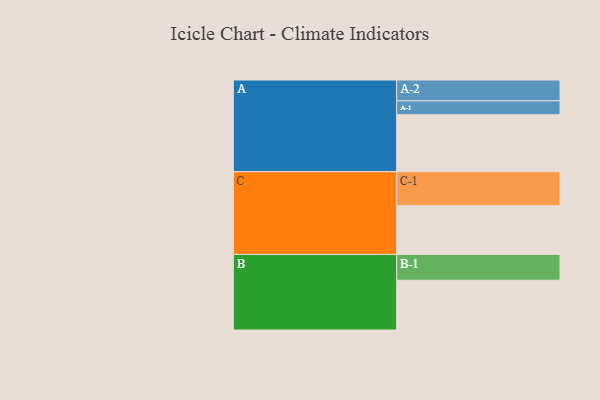
{"axis": {"x": "Segment", "y": "Value"}, "legend": ["", "A", "B", "C"], "data": [{"x": "A", "y": 446, "type": ""}, {"x": "B", "y": 390, "type": ""}, {"x": "C", "y": 382, "type": ""}, {"x": "A-1", "y": 109, "type": "A"}, {"x": "A-2", "y": 163, "type": "A"}, {"x": "B-1", "y": 202, "type": "B"}, {"x": "C-1", "y": 266, "type": "C"}]}